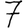
Digit: 7